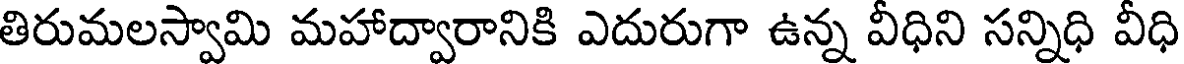
తిరుమలస్వామి మహాద్వారానికి ఎదురుగా ఉన్న వీధిని సన్నిధి వీధి